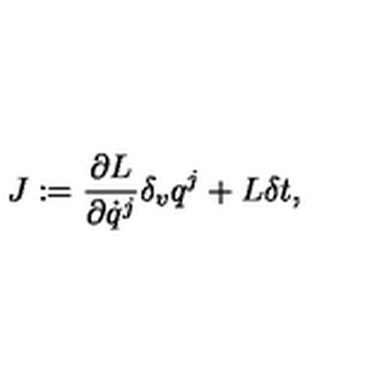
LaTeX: { J } : = \frac { \partial { L } } { \partial \dot { q } ^ { j } } \delta _ { v } q ^ { j } + { L } \delta t ,